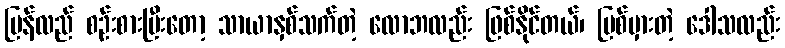
ပြန်လည် စဉ်းစားပြီးတော့ သာယာနှစ်သက်တဲ့ လောဘလည်း ဖြစ်နိုင်တယ်၊ ပြစ်မှားတဲ့ ဒေါသလည်း